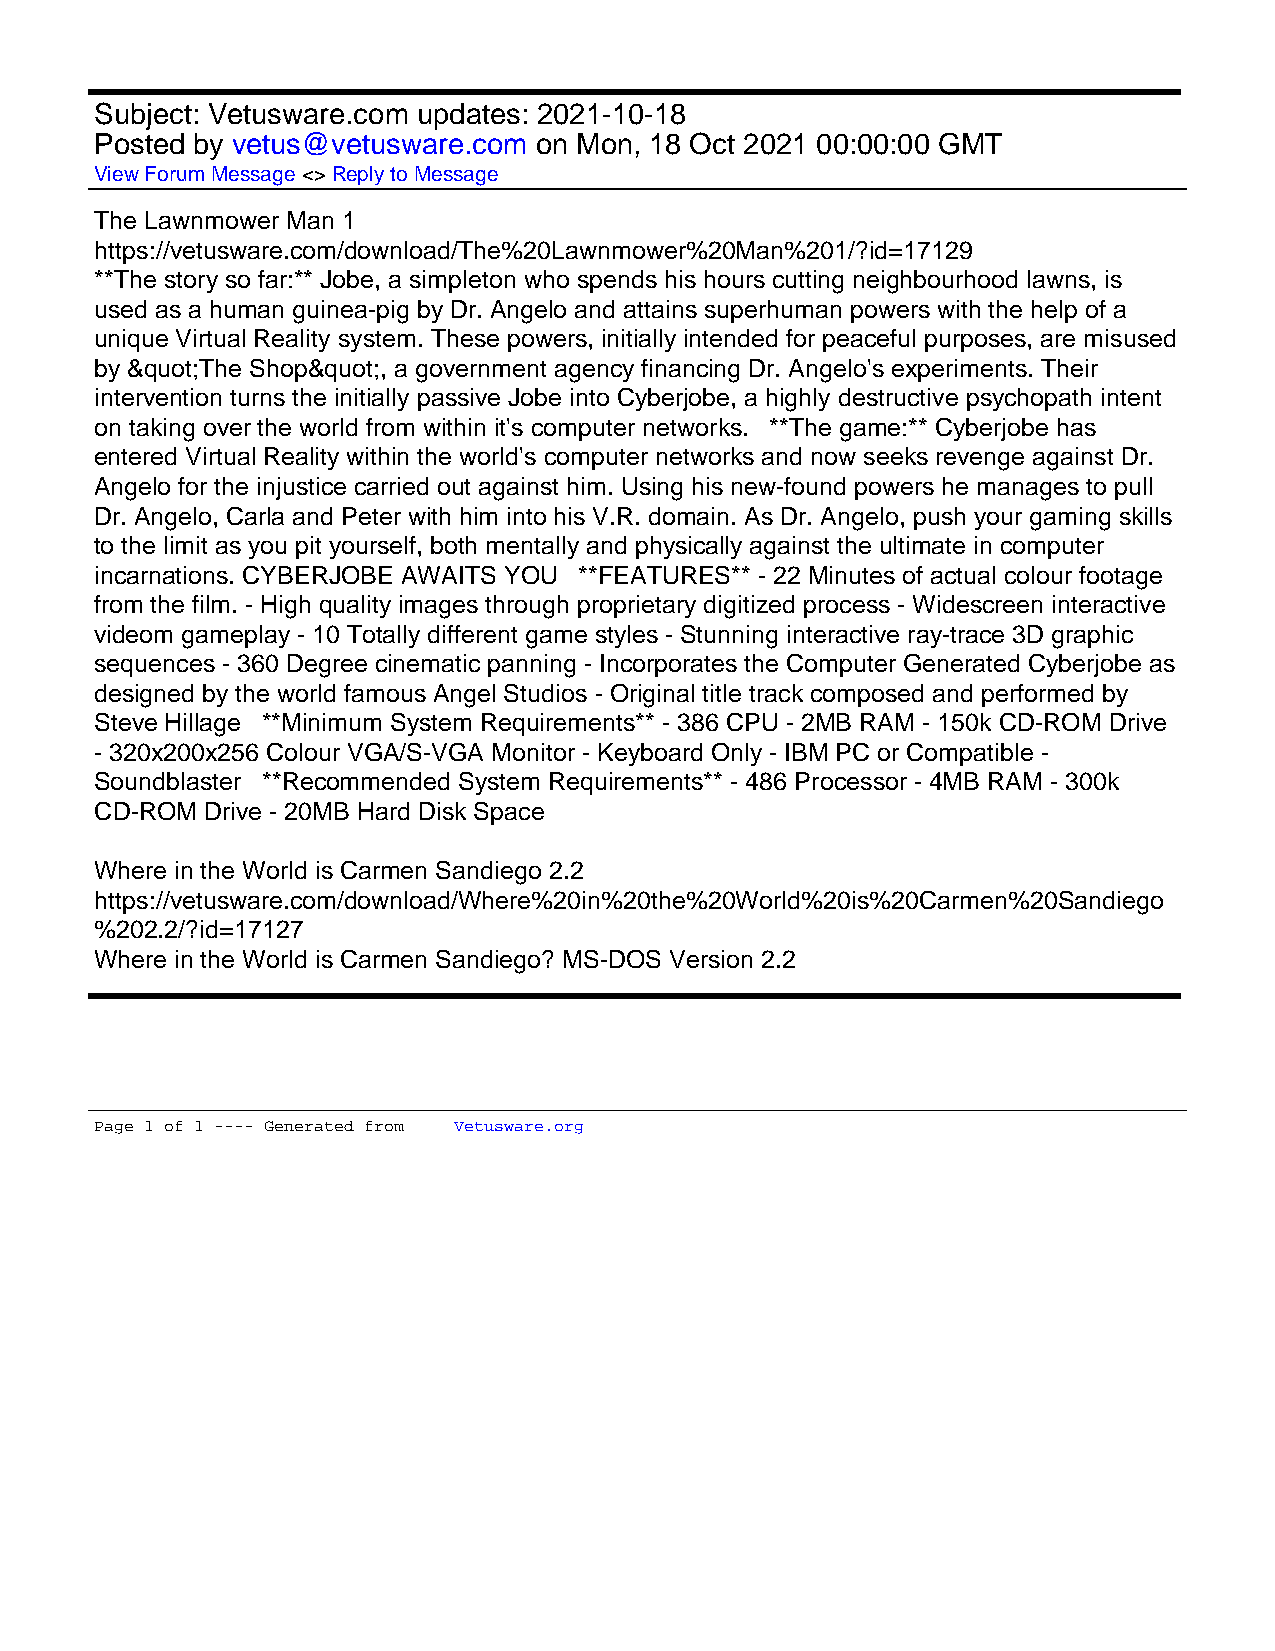
Subject: Vetusware.com updates: 2021-10-18
 Posted by vetus@vetusware.com on Mon, 18 Oct 2021 00:00:00 GMT
 View Forum Message <> Reply to Message
 The Lawnmower Man 1
 https://vetusware.com/download/The%20Lawnmower%20Man%201/?id=17129
 **The story so far:** Jobe, a simpleton who spends his hours cutting neighbourhood lawns, is
 used as a human guinea-pig by Dr. Angelo and attains superhuman powers with the help of a
 unique Virtual Reality system. These powers, initially intended for peaceful purposes, are misused
 by &quot;The Shop&quot;, a government agency financing Dr. Angelo's experiments. Their
 intervention turns the initially passive Jobe into Cyberjobe, a highly destructive psychopath intent
 on taking over the world from within it's computer networks. **The game:** Cyberjobe has
 entered Virtual Reality within the world's computer networks and now seeks revenge against Dr.
 Angelo for the injustice carried out against him. Using his new-found powers he manages to pull
 Dr. Angelo, Carla and Peter with him into his V.R. domain. As Dr. Angelo, push your gaming skills
 to the limit as you pit yourself, both mentally and physically against the ultimate in computer
 incarnations. CYBERJOBE AWAITS YOU **FEATURES** - 22 Minutes of actual colour footage
 from the film. - High quality images through proprietary digitized process - Widescreen interactive
 videom gameplay - 10 Totally different game styles - Stunning interactive ray-trace 3D graphic
 sequences - 360 Degree cinematic panning - Incorporates the Computer Generated Cyberjobe as
 designed by the world famous Angel Studios - Original title track composed and performed by
 Steve Hillage **Minimum System Requirements** - 386 CPU - 2MB RAM - 150k CD-ROM Drive
 - 320x200x256 Colour VGA/S-VGA Monitor - Keyboard Only - IBM PC or Compatible -
 Soundblaster **Recommended System Requirements** - 486 Processor - 4MB RAM - 300k
 CD-ROM  Drive - 20MB Hard Disk Space
 Where in the World is Carmen Sandiego 2.2
 https://vetusware.com/download/Where%20in%20the%20World%20is%20Carmen%20Sandiego
 %202.2/?id=17127
 Where in the World is Carmen Sandiego? MS-DOS Version 2.2
 Page 1 of 1 ---- Generated from Vetusware.org